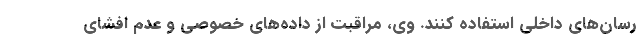
رسان‌ھای داخلی استفاده کنند. وی، مراقبت از داده‌ھای خصوصی و عدم افشای